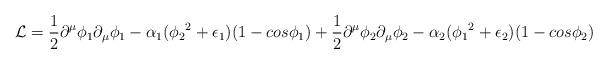
LaTeX: \begin{align*}{\cal L}= \frac{1}{2}\partial^\mu \phi_1 \partial_\mu \phi_1 - \alpha_1({\phi_2}^2 + \epsilon_1)(1-cos\phi_1)+ \frac{1}{2}\partial^\mu \phi_2 \partial_\mu \phi_2 - \alpha_2({\phi_1}^2 + \epsilon_2)(1-cos\phi_2)\end{align*}